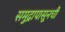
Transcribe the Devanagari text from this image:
समुद्रापासूनची